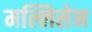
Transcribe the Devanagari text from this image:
मल्लिसेन